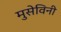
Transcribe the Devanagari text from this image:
मुसेविनी